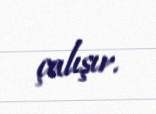
çalışır.